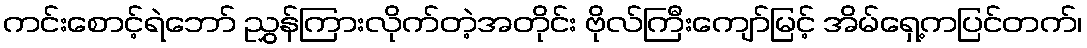
ကင်းစောင့်ရဲဘော် ညွှန်ကြားလိုက်တဲ့အတိုင်း ဗိုလ်ကြီးကျော်မြင့် အိမ်ရှေ့ကပြင်တက်၊